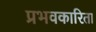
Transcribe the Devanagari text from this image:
प्रभवकारिता